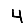
Digit: 4